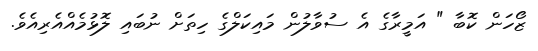
ޒޯހަން ކޮބާ " އަމީރާގެ އެ ސުވާލުން މައިކަލްގެ ހިތަށް ނުބައި ލޮޅުމެއްއެރިއެވެ.